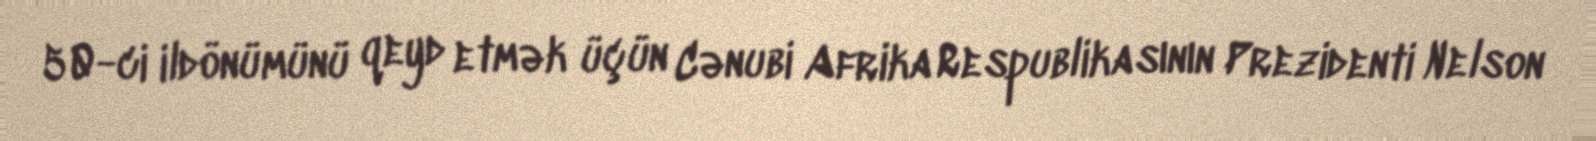
50-ci ildönümünü qeyd etmək üçün Cənubi Afrika Respublikasının Prezidenti Nelson